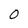
Character: 0